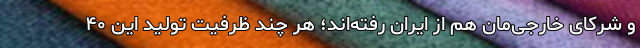
و شرکای خارجی‌مان هم از ایران رفته‌اند؛ هر چند ظرفیت تولید این ۴۰